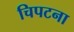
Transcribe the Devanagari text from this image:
चिपटना